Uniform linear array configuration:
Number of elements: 24
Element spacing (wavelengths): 1
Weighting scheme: kaiser
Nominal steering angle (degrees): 15
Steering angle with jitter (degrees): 15.434
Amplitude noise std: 0.05
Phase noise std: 0.05

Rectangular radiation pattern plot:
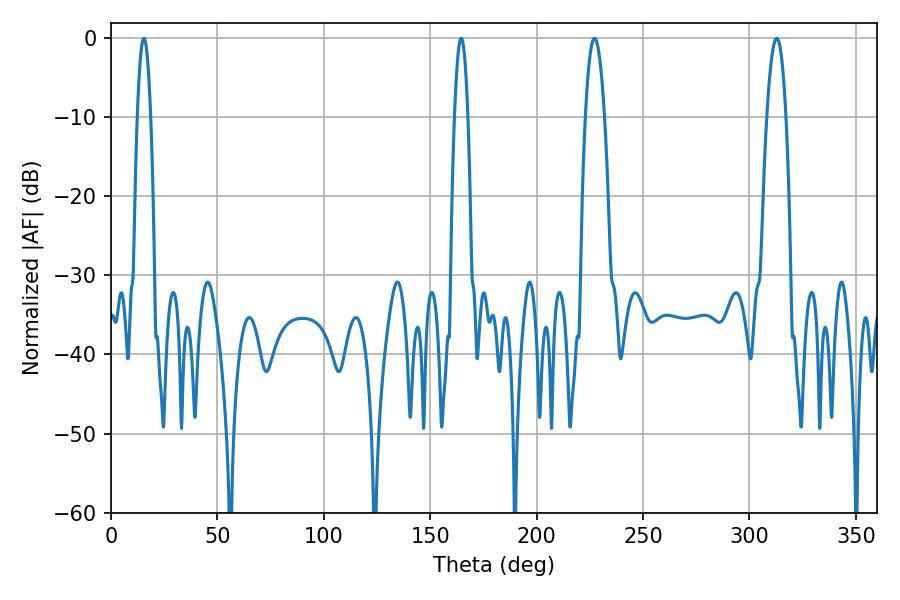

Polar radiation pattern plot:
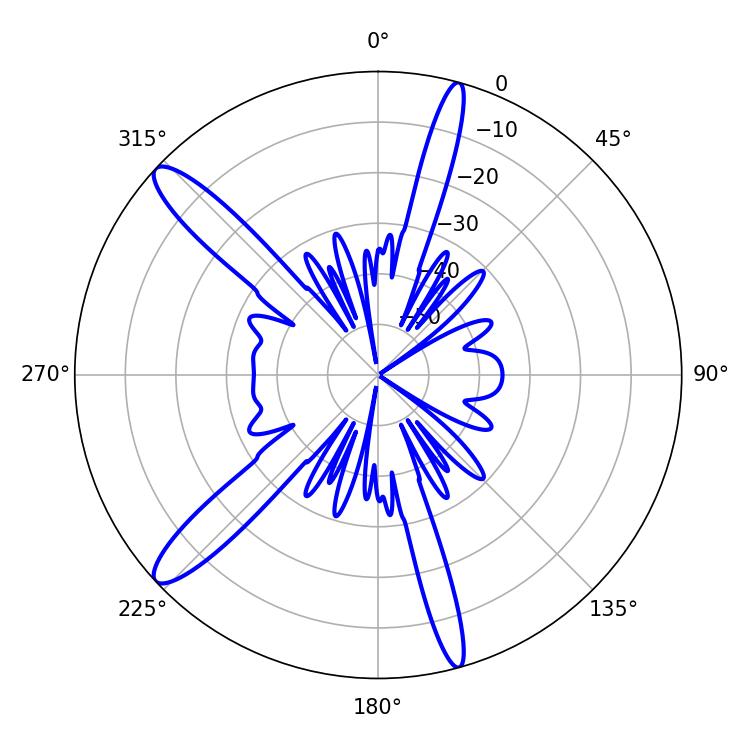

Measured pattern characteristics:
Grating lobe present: TRUE
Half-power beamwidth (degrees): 4.86
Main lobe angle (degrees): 227.16